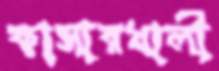
কাসারখালী